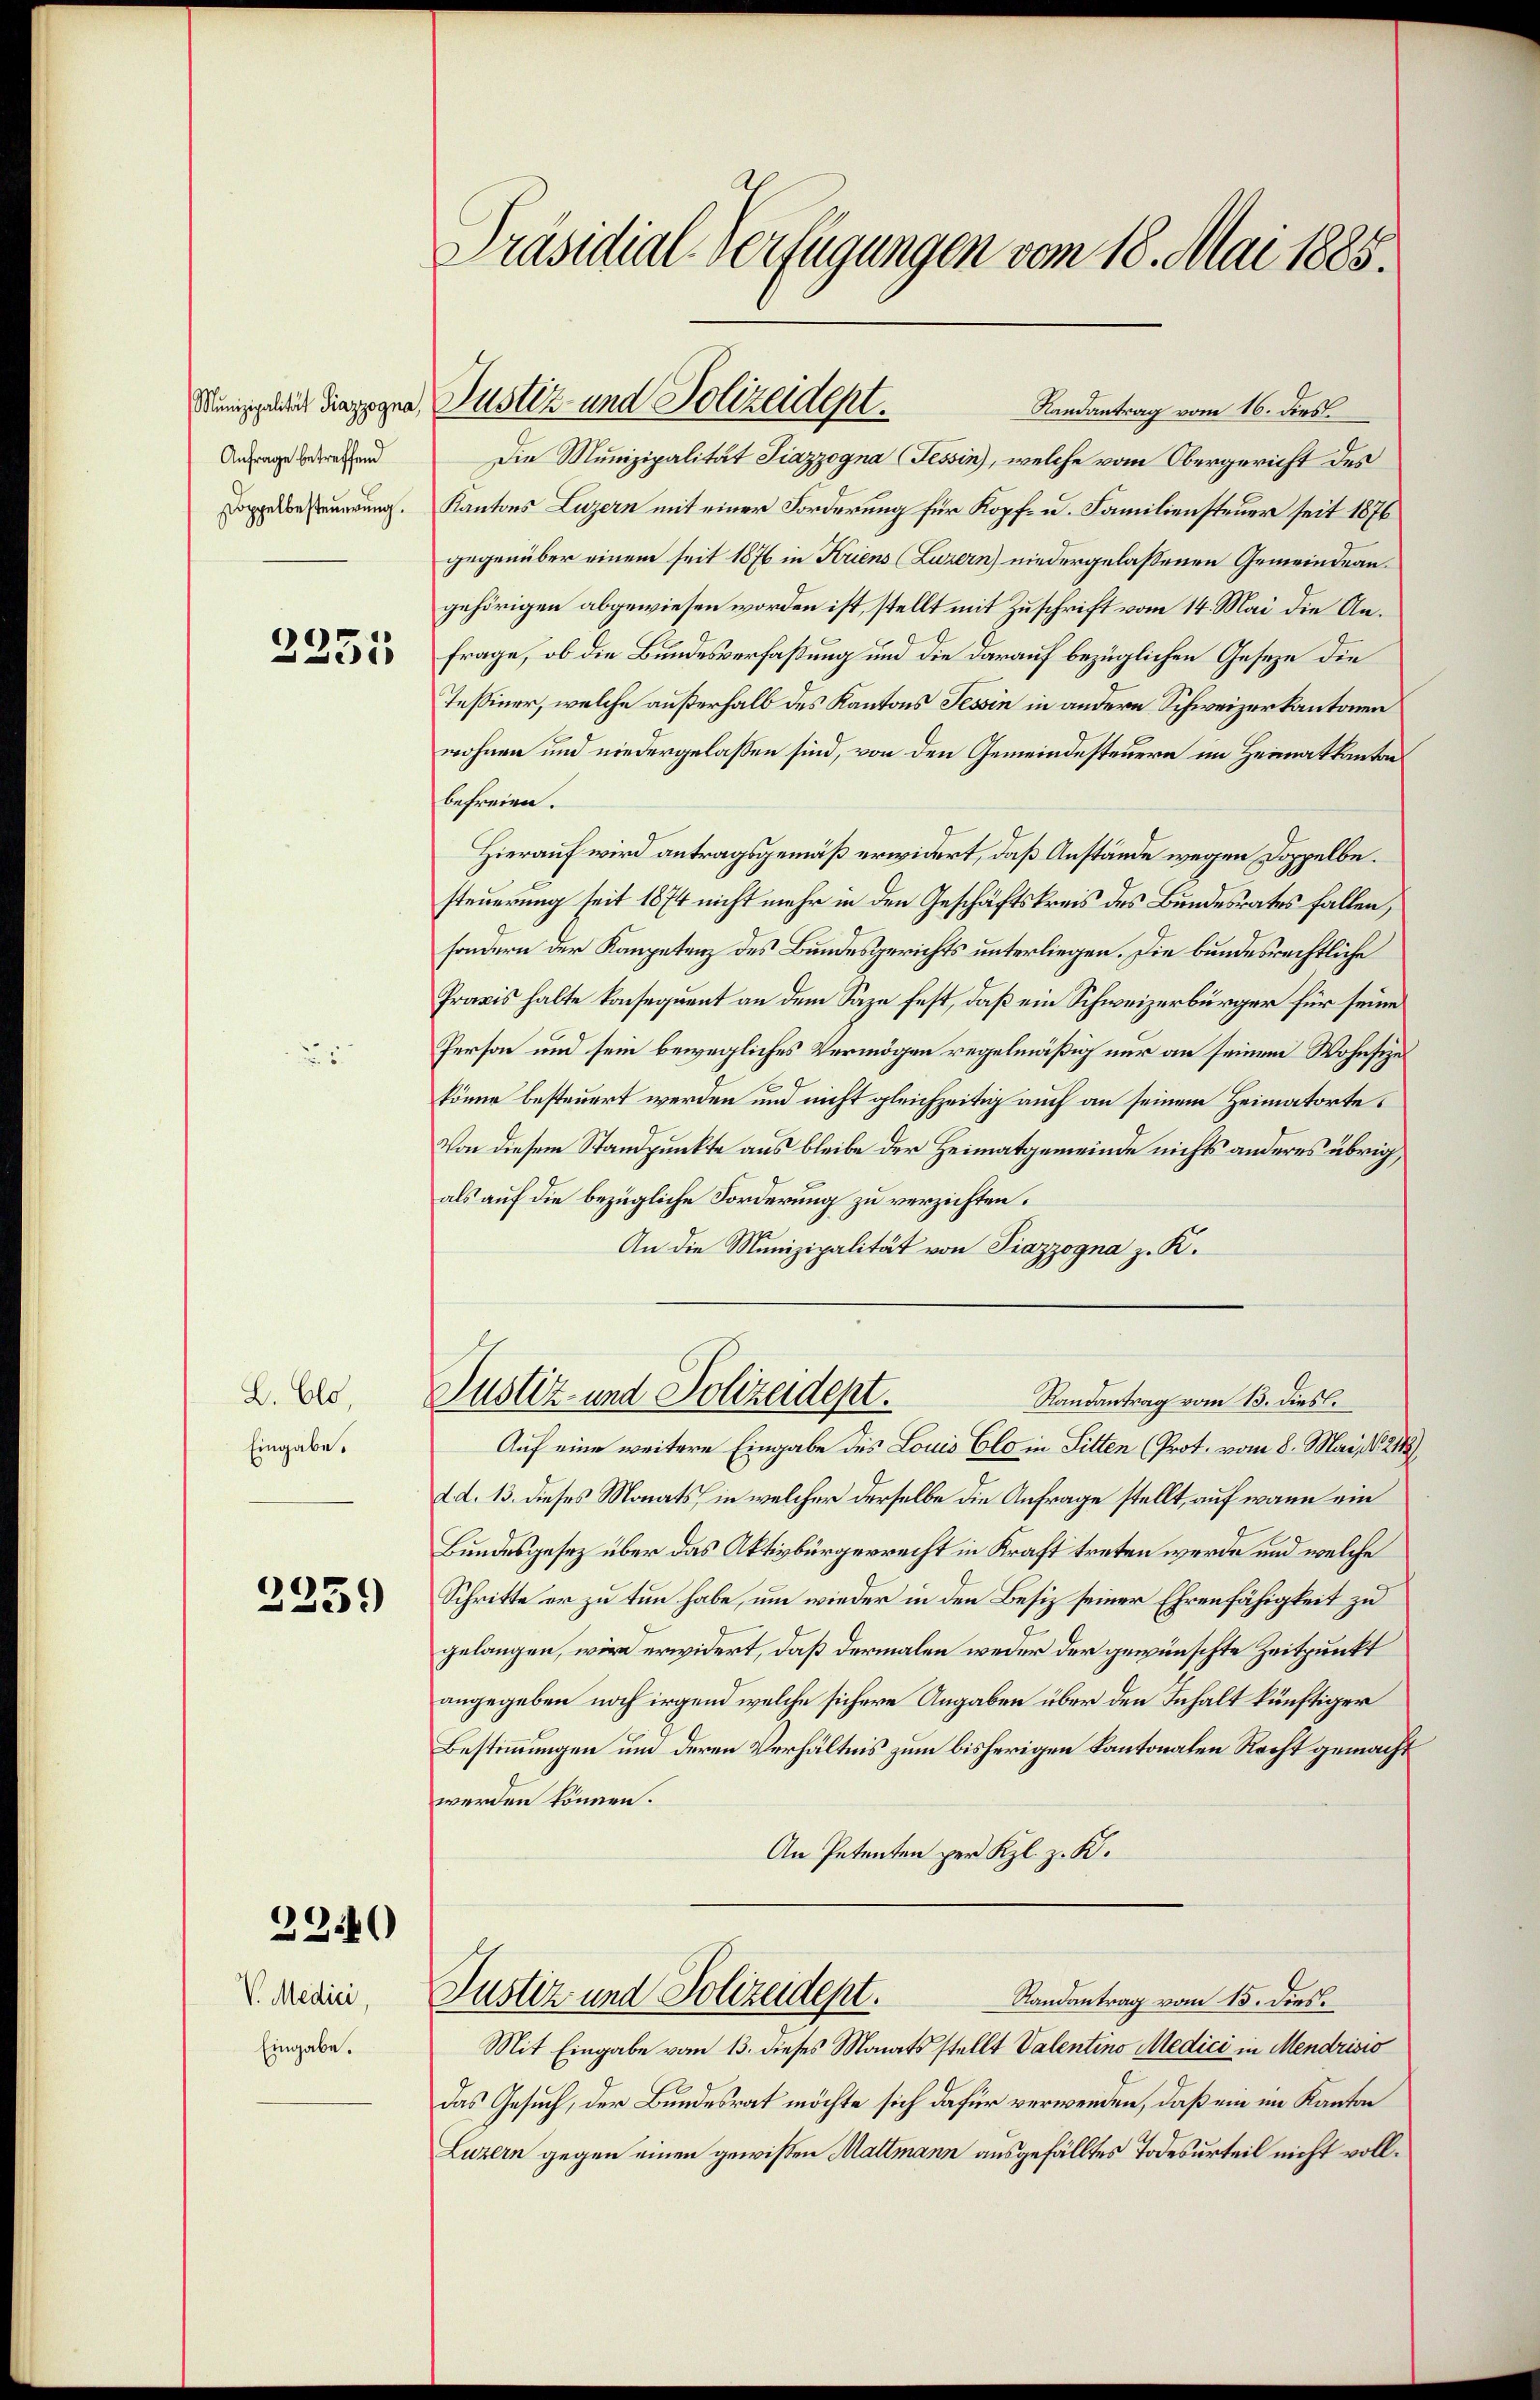
Munizipalität Piazzogna,
Anfrage betreffend
Doppelbesteuerung.

2335

B. Els,
Eingabe.

2259

22.40

V. Medici
Eingabe.

Präsidial-Verfügungen vom 18. Mai 1885.

Randantrag vom 16. dies
Die Munizipalität Piazzogna (Tessin, welche vom Obergericht des
Kantons Luzern mit einer Forderung für Kopf- u. Familiensteuer seit 1876
gegenüber einem seit 1876 in Kriens (Luzern) niedergelassenen Gemeindeangehörigen abgewiesen worden ist, stellt mit Zuschrift vom 14. Mai die Anfrage, ob die Bundesverfaßung und die darauf bezüglichen Gesetze die
Tessiner, welche außerhalb des Kantons Tessin in andere Schweizerkantonen
wohnen und niedergelassen sind, von den Gemeindesteuern im Heimatkanton
befreien.
Hierauf wird antragsgemäß erwidert, daß Anstände wegen Doppelbesteuerung seit 1874 nicht mehr in den Geschäftskreis des Bundesrates fallen,
sondern der Kompetenz des Bundesgerichts unterliegen. Die bundesrechtliche
Praxis halte konsequent an dem Saze fest, daß ein Schweizerbürger für seine
Person und sein bewegliches Vermögen regelmäßig nur an seinem Wohnsizekönne besteuert werden und nicht gleichzeitig auch an seinem Heimatorte
Von diesem Standpunkte aus bleibe der Heimatgemeinde nichts anderes übrig
als auf die bezügliche Forderung zu verzichten.
An die Munizipalität von Piazzogna z. K.
Justiz- und Polizeidept.
Randantrag vom 13. dies.
Auf eine weitere Eingabe des Louis Clo in Sitten (Prot. vom 8. Mai, d. 2113/
d d. 13. dieses Monats, in welcher derselbe die Anfrage stellt, auf wann ein
Bundesgesez über das Aktivbürgerrecht in Kraft treten werde und welche
Schritte er zu tun habe, um wieder in den Besiz seiner Ehrenfähigkeit zu
gelangen, wir erwidert, daß dermalen weder der gewünschte Zeitpunkt
angegeben noch irgend welche sichere Angaben über den Inhalt künftiger
Bestimmungen um deren Verhältnis zum bisherigen Kantonalen Recht gemacht
werden können.
An Petenten per Kl. z. K.
Justiz und Polizeidept.
Randantrag vom 15. dies.
Mit Eingabe vom 13. dieses Monats stellt Valentino Medici in Mendrisio
das Gesuch, der Bundesrat möchte sich dafür verwenden, daß ein im Kanton
Luzern gegen einen gewissen Mattmann ausgefälltes Todesurteil nicht voll¬

Justiz- und Polizeident.